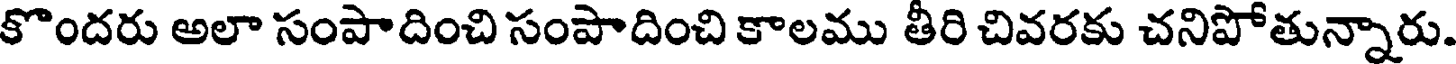
కొందరు అలా సంపాదించి సంపాదించి కాలము తీరి చివరకు చనిపోతున్నారు.